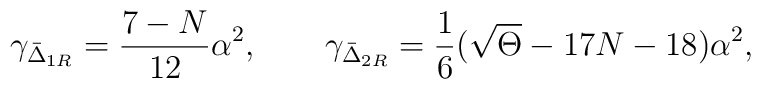
\gamma_{\bar \Delta_{1R}} = \frac{7-N}{12} \alpha^2,\qquad\gamma_{\bar\Delta_{2R}} = \frac{1}{6}(\sqrt \Theta -17N -18 )\alpha^2,